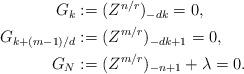
LaTeX: \begin{align*}\begin{aligned}G_k& :=(Z^{n/r})_{-dk} = 0, && \\G_{k+(m-1)/d} & :=(Z^{m/r})_{-dk+1} = 0, &&\\G_N & :=(Z^{m/r})_{-n+1} + \lambda = 0.\end{aligned}\end{align*}